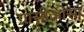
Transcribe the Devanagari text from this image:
ग्रासीओसा